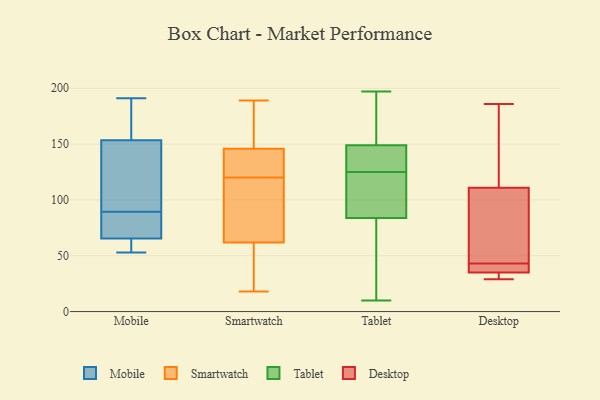
{"axis": {"x": "Headcount", "y": "Value"}, "legend": ["Desktop", "Mobile", "Smartwatch", "Tablet"], "data": [{"x": "", "y": 191, "type": "Mobile"}, {"x": "", "y": 107, "type": "Mobile"}, {"x": "", "y": 55, "type": "Mobile"}, {"x": "", "y": 186, "type": "Mobile"}, {"x": "", "y": 124, "type": "Mobile"}, {"x": "", "y": 68, "type": "Mobile"}, {"x": "", "y": 144, "type": "Mobile"}, {"x": "", "y": 163, "type": "Mobile"}, {"x": "", "y": 65, "type": "Mobile"}, {"x": "", "y": 66, "type": "Mobile"}, {"x": "", "y": 72, "type": "Mobile"}, {"x": "", "y": 53, "type": "Mobile"}, {"x": "", "y": 57, "type": "Smartwatch"}, {"x": "", "y": 136, "type": "Smartwatch"}, {"x": "", "y": 42, "type": "Smartwatch"}, {"x": "", "y": 60, "type": "Smartwatch"}, {"x": "", "y": 67, "type": "Smartwatch"}, {"x": "", "y": 161, "type": "Smartwatch"}, {"x": "", "y": 189, "type": "Smartwatch"}, {"x": "", "y": 150, "type": "Smartwatch"}, {"x": "", "y": 136, "type": "Smartwatch"}, {"x": "", "y": 114, "type": "Smartwatch"}, {"x": "", "y": 149, "type": "Smartwatch"}, {"x": "", "y": 126, "type": "Smartwatch"}, {"x": "", "y": 120, "type": "Smartwatch"}, {"x": "", "y": 78, "type": "Smartwatch"}, {"x": "", "y": 18, "type": "Smartwatch"}, {"x": "", "y": 140, "type": "Tablet"}, {"x": "", "y": 197, "type": "Tablet"}, {"x": "", "y": 107, "type": "Tablet"}, {"x": "", "y": 134, "type": "Tablet"}, {"x": "", "y": 164, "type": "Tablet"}, {"x": "", "y": 166, "type": "Tablet"}, {"x": "", "y": 116, "type": "Tablet"}, {"x": "", "y": 88, "type": "Tablet"}, {"x": "", "y": 140, "type": "Tablet"}, {"x": "", "y": 125, "type": "Tablet"}, {"x": "", "y": 152, "type": "Tablet"}, {"x": "", "y": 130, "type": "Tablet"}, {"x": "", "y": 83, "type": "Tablet"}, {"x": "", "y": 10, "type": "Tablet"}, {"x": "", "y": 86, "type": "Tablet"}, {"x": "", "y": 157, "type": "Tablet"}, {"x": "", "y": 78, "type": "Tablet"}, {"x": "", "y": 45, "type": "Tablet"}, {"x": "", "y": 72, "type": "Tablet"}, {"x": "", "y": 167, "type": "Desktop"}, {"x": "", "y": 38, "type": "Desktop"}, {"x": "", "y": 39, "type": "Desktop"}, {"x": "", "y": 186, "type": "Desktop"}, {"x": "", "y": 29, "type": "Desktop"}, {"x": "", "y": 32, "type": "Desktop"}, {"x": "", "y": 111, "type": "Desktop"}, {"x": "", "y": 81, "type": "Desktop"}, {"x": "", "y": 47, "type": "Desktop"}, {"x": "", "y": 35, "type": "Desktop"}]}